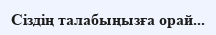
Сіздің талабыңызға орай...